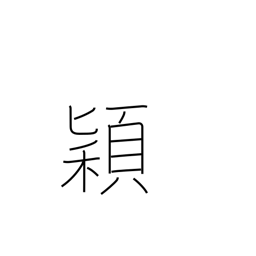
Meaning: heads of grain